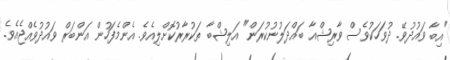
"އިބާ ވައުދުވޭ. ދުވަހަކުވެސް ވާރިޝްއާ ބައްދަލުނުކުރަން" އަލިޝްބާ ތަކުރާރުކޮށްލިއެވެ. އެންމެފަހުން އަންބަރް ވައުދުވެއްޖެއެވެ.